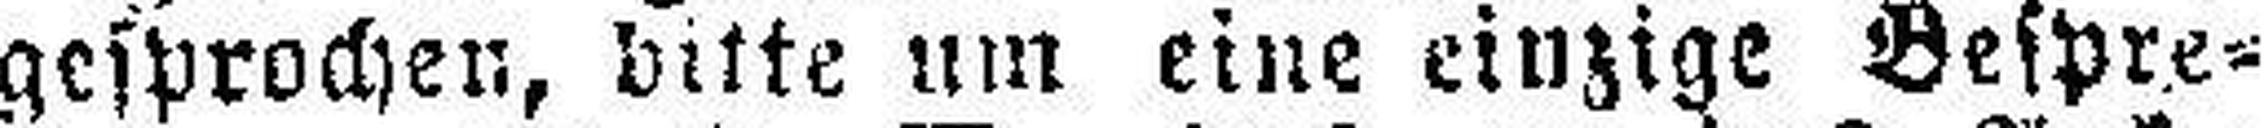
gesprochen, bitte um eine einzige Bespre¬